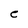
Character: C